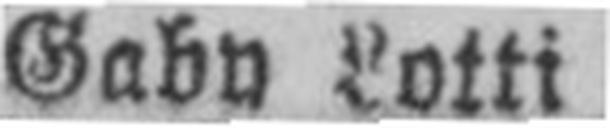
Gaby Lotti